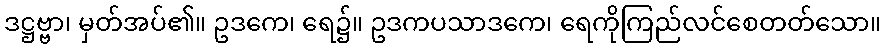
ဒဋ္ဌဗ္ဗာ၊ မှတ်အပ်၏။ ဥဒကေ၊ ရေ၌။ ဥဒကပသာဒကေ၊ ရေကိုကြည်လင်စေတတ်သော။